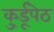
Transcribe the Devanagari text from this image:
कु्र्डूपेठ